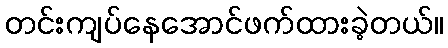
တင်းကျပ်နေအောင်ဖက်ထားခဲ့တယ်။